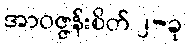
အာဝဇ္ဇန်းစိတ် ၂-ခု